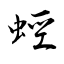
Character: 蛵